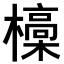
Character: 𣝩